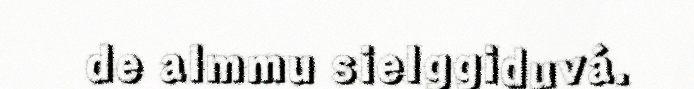
de almmu sielggiduvá.